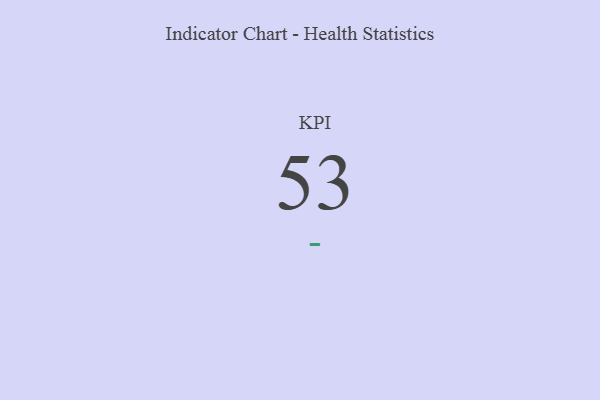
{"axis": {"x": "KPI", "y": "Value"}, "legend": [""], "data": [{"x": "KPI", "y": 53, "type": ""}]}